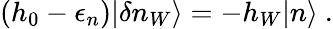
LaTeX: (h_{0}-\epsilon_{n})|\delta n_{W}\rangle=-h_{W}|n\rangle\ .